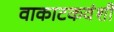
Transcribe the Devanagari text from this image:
वाकाटकवंशी